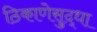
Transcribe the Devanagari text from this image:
ठिकाणेसुद्धा